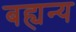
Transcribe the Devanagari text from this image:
बह्यन्य